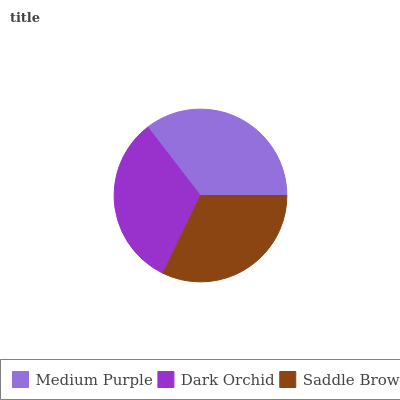
| Medium Purple | Dark Orchid | Saddle Brown |
 | --- | --- | --- |
 | 35.5% | 32.3% | 32.2% |